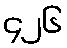
၄၂၆